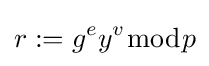
r:=g^{e}y^{v}{\bmod {p}}